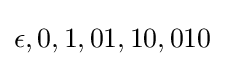
\epsilon ,0,1,01,10,010